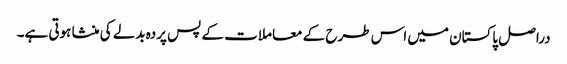
دراصل پاکستان میں اس طرح کے معاملات کے پس پردہ بدلے کی منشا ہوتی ہے۔